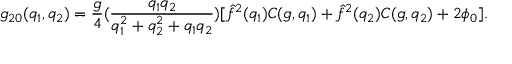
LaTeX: g _ { 2 0 } ( q _ { 1 } , q _ { 2 } ) = { \frac { g } { 4 } } ( { \frac { q _ { 1 } q _ { 2 } } { q _ { 1 } ^ { 2 } + q _ { 2 } ^ { 2 } + q _ { 1 } q _ { 2 } } } ) [ \hat { f } ^ { 2 } ( q _ { 1 } ) C ( g , q _ { 1 } ) + \hat { f } ^ { 2 } ( q _ { 2 } ) C ( g , q _ { 2 } ) + 2 \phi _ { 0 } ] .